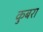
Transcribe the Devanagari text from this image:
कुबरा